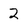
Character: 2